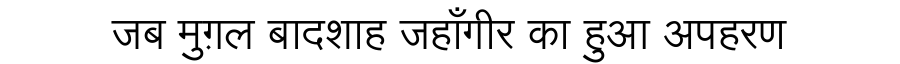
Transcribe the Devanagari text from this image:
जब मुग़ल बादशाह जहाँगीर का हुआ अपहरण